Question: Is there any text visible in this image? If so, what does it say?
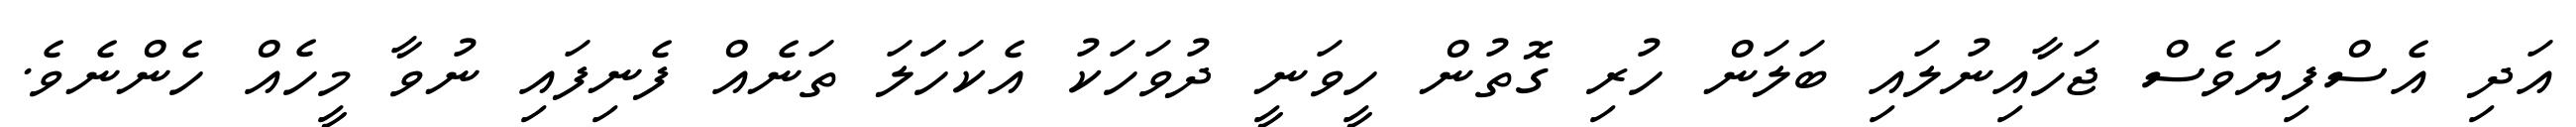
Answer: އަދި އެސްފިޔަވެސް ޖަހާއިނުލައި ބަލަން ހުރި ގޮތުން ހީވަނީ ދުވަހަކު އެކަހަަލަ ތަނެއް ފެނިފައި ނުވާ މީހެއް ހެންނެވެ.